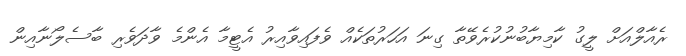
ރެއާލްއަށް ލީގު ކާމިޔާބުނުކުރެވޭތާ ގިނަ އަހަރުތަކެއް ވެފައިވާއިރު އެޓީމާ އެންމެ ވާދަވެރި ބާސެލޯނާއިން